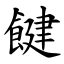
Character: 䭈